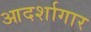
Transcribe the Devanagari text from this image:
आदर्शागार